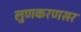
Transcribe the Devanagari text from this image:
लुणकरणसर